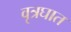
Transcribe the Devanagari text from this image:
वृत्रघात